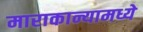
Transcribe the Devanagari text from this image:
माराकान्यामध्ये